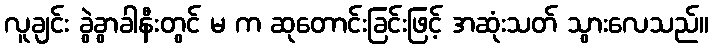
လူချင်း ခွဲခွာခါနီးတွင် မ က ဆုတောင်းခြင်းဖြင့် အဆုံးသတ် သွားလေသည်။